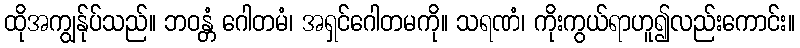
ထိုအကျွန်ုပ်သည်။ ဘဝန္တံ ဂေါတမံ၊ အရှင်ဂေါတမကို။ သရဏံ၊ ကိုးကွယ်ရာဟူ၍လည်းကောင်း။